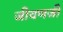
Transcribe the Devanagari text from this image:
जीवणजी